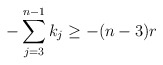
\begin{align*}- \sum\limits_{j =3}^{n-1} k_j \geq -(n-3)r\end{align*}